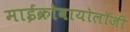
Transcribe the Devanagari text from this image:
माईक्रोबायोलॉजी